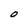
Character: O